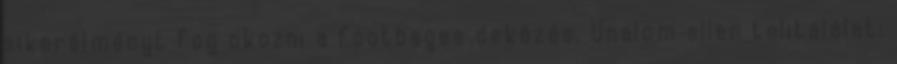
sikerélményt fog okozni a footbages dekázás. Unalom ellen telitalálat: